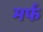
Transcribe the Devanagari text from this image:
मर्फ